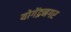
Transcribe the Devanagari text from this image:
योगेंद्रनगर